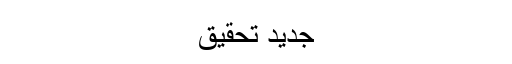
جدید تحقیق